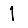
Digit: 1